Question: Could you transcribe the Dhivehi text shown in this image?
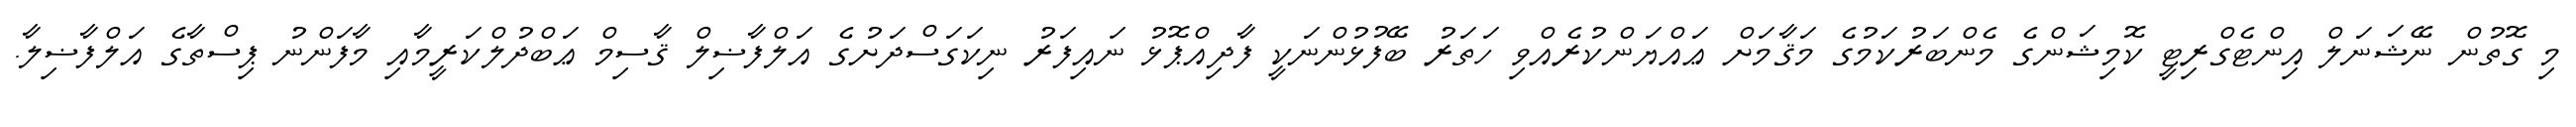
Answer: މި ގޮތުން ނޭޝަނަލް އިންޓެގްރިޓީ ކޮމިޝަންގެ މެންބަރުކަމުގެ މަޤާމަށް ޢައްޔަންކުރެއްވި ހަތަރު ބޭފުޅުންނަކީ ފާދިއްޕޮޅު ނައިފަރު ނިކަގަސްދަށުގެ އަލްފާޟިލް ޤާސިމް ޢަބްދުލްކަރީމާއި މާފަންނު ޕިސްތާގެ އަލްފާޟިލާ.